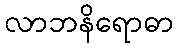
လာဘနိရောဓာ